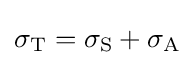
\sigma _{\text{T}}=\sigma _{\text{S}}+\sigma _{\text{A}}